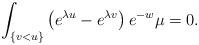
LaTeX: \begin{align*}\int_{\{v < u \}}\left( e^{\lambda u} - e^{\lambda v}\right)e^{-w}\mu = 0.\end{align*}